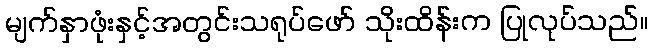
မျက်နှာဖုံးနှင့်အတွင်းသရုပ်ဖော် သိုးထိန်းက ပြုလုပ်သည်။